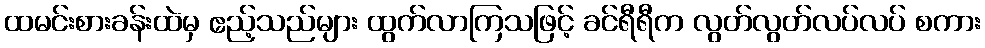
ထမင်းစားခန်းထဲမှ ဧည့်သည်များ ထွက်လာကြသဖြင့် ခင်ရီရီက လွတ်လွတ်လပ်လပ် စကား